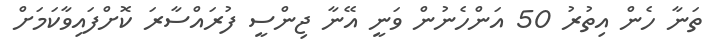
ތަނާ ހެން އިތުރު 50 އަންހެނުން ވަނީ އޭނާ ޖިންސީ ފުރައްސާރަ ކޮށްފައިވާކަމަށް